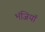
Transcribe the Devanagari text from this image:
भंजियाॅ